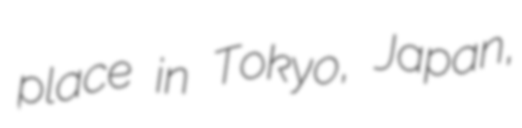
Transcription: place in Tokyo, Japan,